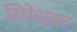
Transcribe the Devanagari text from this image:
रिचेश्वर